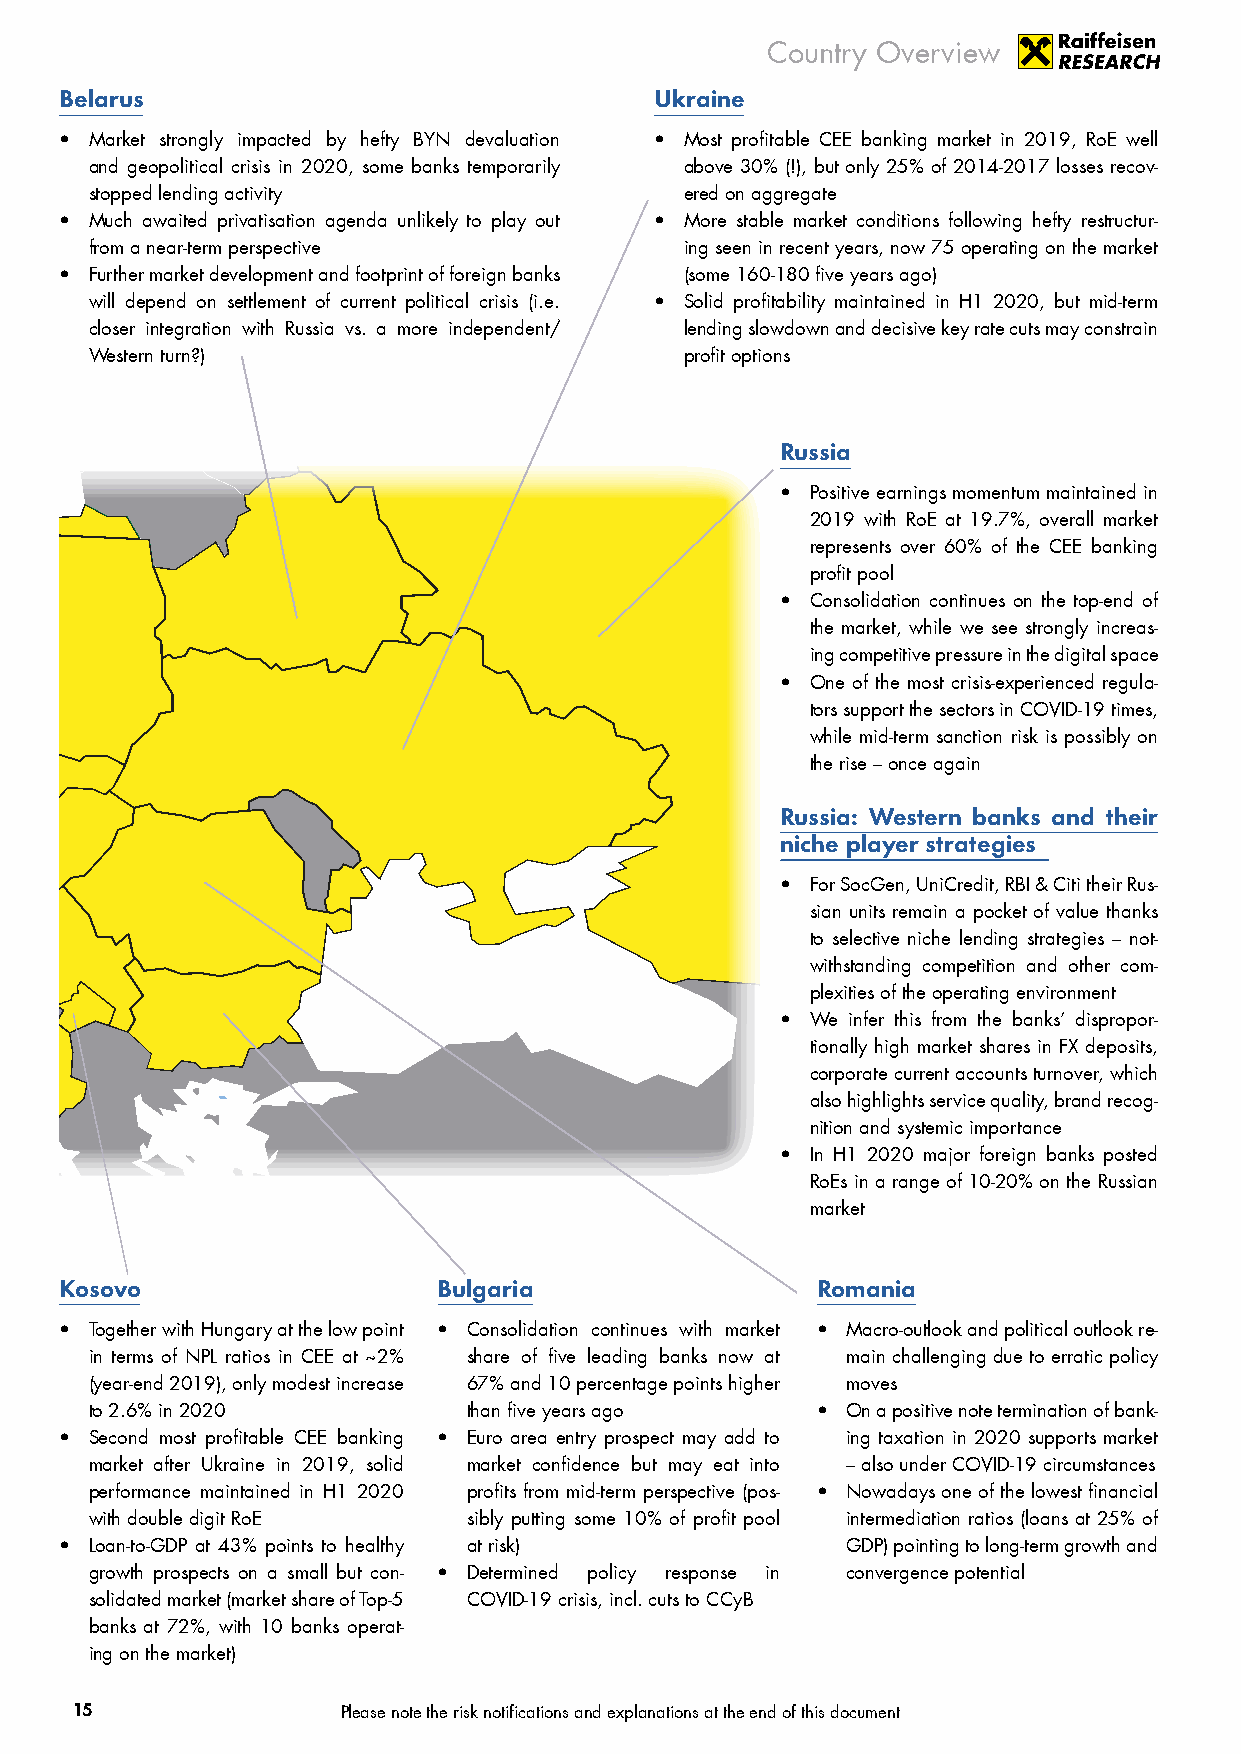
Country Overview
 Belarus                                Ukraine
 • Market strongly impacted by hefty BYN devaluation • Most profitable CEE banking market in 2019, RoE well
 and geopolitical crisis in 2020, some banks temporarily above 30% (!), but only 25% of 2014-2017 losses recov-
 stopped lending activity               ered on aggregate
 • Much awaited privatisation agenda unlikely to play out • More stable market conditions following hefty restructur-
 from a near-term perspective           ing seen in recent years, now 75 operating on the market
 • Further market development and footprint of foreign banks (some 160-180 five years ago)
 will depend on settlement of current political crisis (i.e. • Solid profitability maintained in H1 2020, but mid-term
 closer integration with Russia vs. a more independent/ lending slowdown and decisive key rate cuts may constrain
 Western turn?)                         profit options
 Russia
 • Positive earnings momentum maintained in
 2019 with RoE at 19.7%, overall market
 represents over 60% of the CEE banking
 profit pool
 • Consolidation continues on the top-end of
 the market, while we see strongly increas-
 ing competitive pressure in the digital space
 • One of the most crisis-experienced regula-
 tors support the sectors in COVID-19 times,
 while mid-term sanction risk is possibly on
 the rise – once again
 Russia: Western banks and their
 niche player strategies
 • For SocGen, UniCredit, RBI & Citi their Rus-
 sian units remain a pocket of value thanks
 to selective niche lending strategies – not-
 withstanding competition and other com-
 plexities of the operating environment
 • We infer this from the banks’ dispropor-
 tionally high market shares in FX deposits,
 corporate current accounts turnover, which
 also highlights service quality, brand recog-
 nition and systemic importance
 • In H1 2020 major foreign banks posted
 RoEs in a range of 10-20% on the Russian
 market
 Kosovo                   Bulgaria                 Romania
 • Together with Hungary at the low point • Consolidation continues with market • Macro-outlook and political outlook re-
 in terms of NPL ratios in CEE at ~2% share of five leading banks now at main challenging due to erratic policy
 (year-end 2019), only modest increase 67% and 10 percentage points higher moves
 to 2.6% in 2020          than five years ago    • On a positive note termination of bank-
 • Second most profitable CEE banking • Euro area entry prospect may add to ing taxation in 2020 supports market
 market after Ukraine in 2019, solid market confidence but may eat into – also under COVID-19 circumstances
 performance maintained in H1 2020 profits from mid-term perspective (pos- • Nowadays one of the lowest financial
 with double digit RoE    sibly putting some 10% of profit pool intermediation ratios (loans at 25% of
 • Loan-to-GDP at 43% points to healthy at risk)     GDP) pointing to long-term growth and
 growth prospects on a small but con- • Determined policy response in convergence potential
 solidated market (market share of Top-5 COVID-19 crisis, incl. cuts to CCyB
 banks at 72%, with 10 banks operat-
 ing on the market)
 15                Please note the risk notifications and explanations at the end of this document